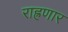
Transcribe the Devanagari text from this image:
राह्रणार